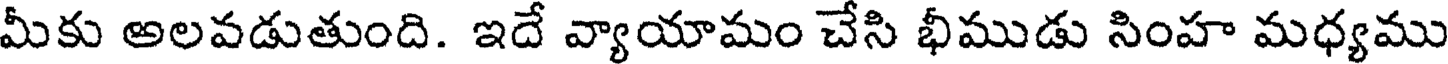
మీకు అలవడుతుంది. ఇదే వ్యాయామం చేసి భీముడు సింహ మధ్యము